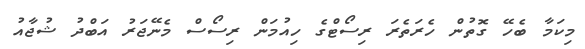
މިކަމާ ބެހޭ ގޮތުން ހެރަތެރަ ރިސޯޓްގެ ހިއުމަން ރިސޯސް މެނޭޖަރު އަބްދު ޝުޖާއު